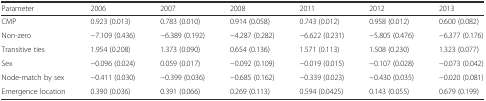
<table><thead><tr><td><b>Parameter</b></td><td><b>2006</b></td><td><b>2007</b></td><td><b>2008</b></td><td><b>2011</b></td><td><b>2012</b></td><td><b>2013</b></td></tr></thead><tbody><tr><td>CMP</td><td>0.923 (0.013)</td><td>0.783 (0.010)</td><td>0.914 (0.058)</td><td>0.743 (0.012)</td><td>0.958 (0.012)</td><td>0.600 (0.082)</td></tr><tr><td>Non-zero</td><td>−7.109 (0.436)</td><td>−6.389 (0.192)</td><td>−4.287 (0.282)</td><td>−6.622 (0.231)</td><td>−5.805 (0.476)</td><td>−6.377 (0.176)</td></tr><tr><td>Transitive ties</td><td>1.954 (0.208)</td><td>1.373 (0.090)</td><td>0.654 (0.136)</td><td>1.571 (0.113)</td><td>1.508 (0.230)</td><td>1.323 (0.077)</td></tr><tr><td>Sex</td><td>−0.096 (0.024)</td><td>0.059 (0.017)</td><td>−0.092 (0.109)</td><td>−0.019 (0.015)</td><td>−0.107 (0.028)</td><td>−0.073 (0.042)</td></tr><tr><td>Node-match by sex</td><td>−0.411 (0.030)</td><td>−0.399 (0.036)</td><td>−0.685 (0.162)</td><td>−0.339 (0.023)</td><td>−0.430 (0.035)</td><td>−0.020 (0.081)</td></tr><tr><td>Emergence location</td><td>0.390 (0.036)</td><td>0.391 (0.066)</td><td>0.269 (0.113)</td><td>0.594 (0.0425)</td><td>0.143 (0.055)</td><td>0.679 (0.199)</td></tr></tbody></table>